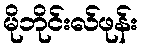
မိုဘိုင်းလ်ဖုန်း